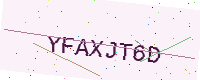
Text: YFAXJT6D